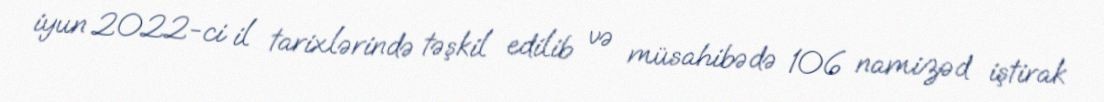
iyun 2022-ci il tarixlərində təşkil edilib və müsahibədə 106 namizəd iştirak